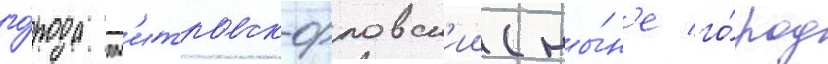
го́рода дм'итровск-орловск'ии (ны́н'е го́род